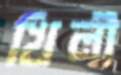
খিলী